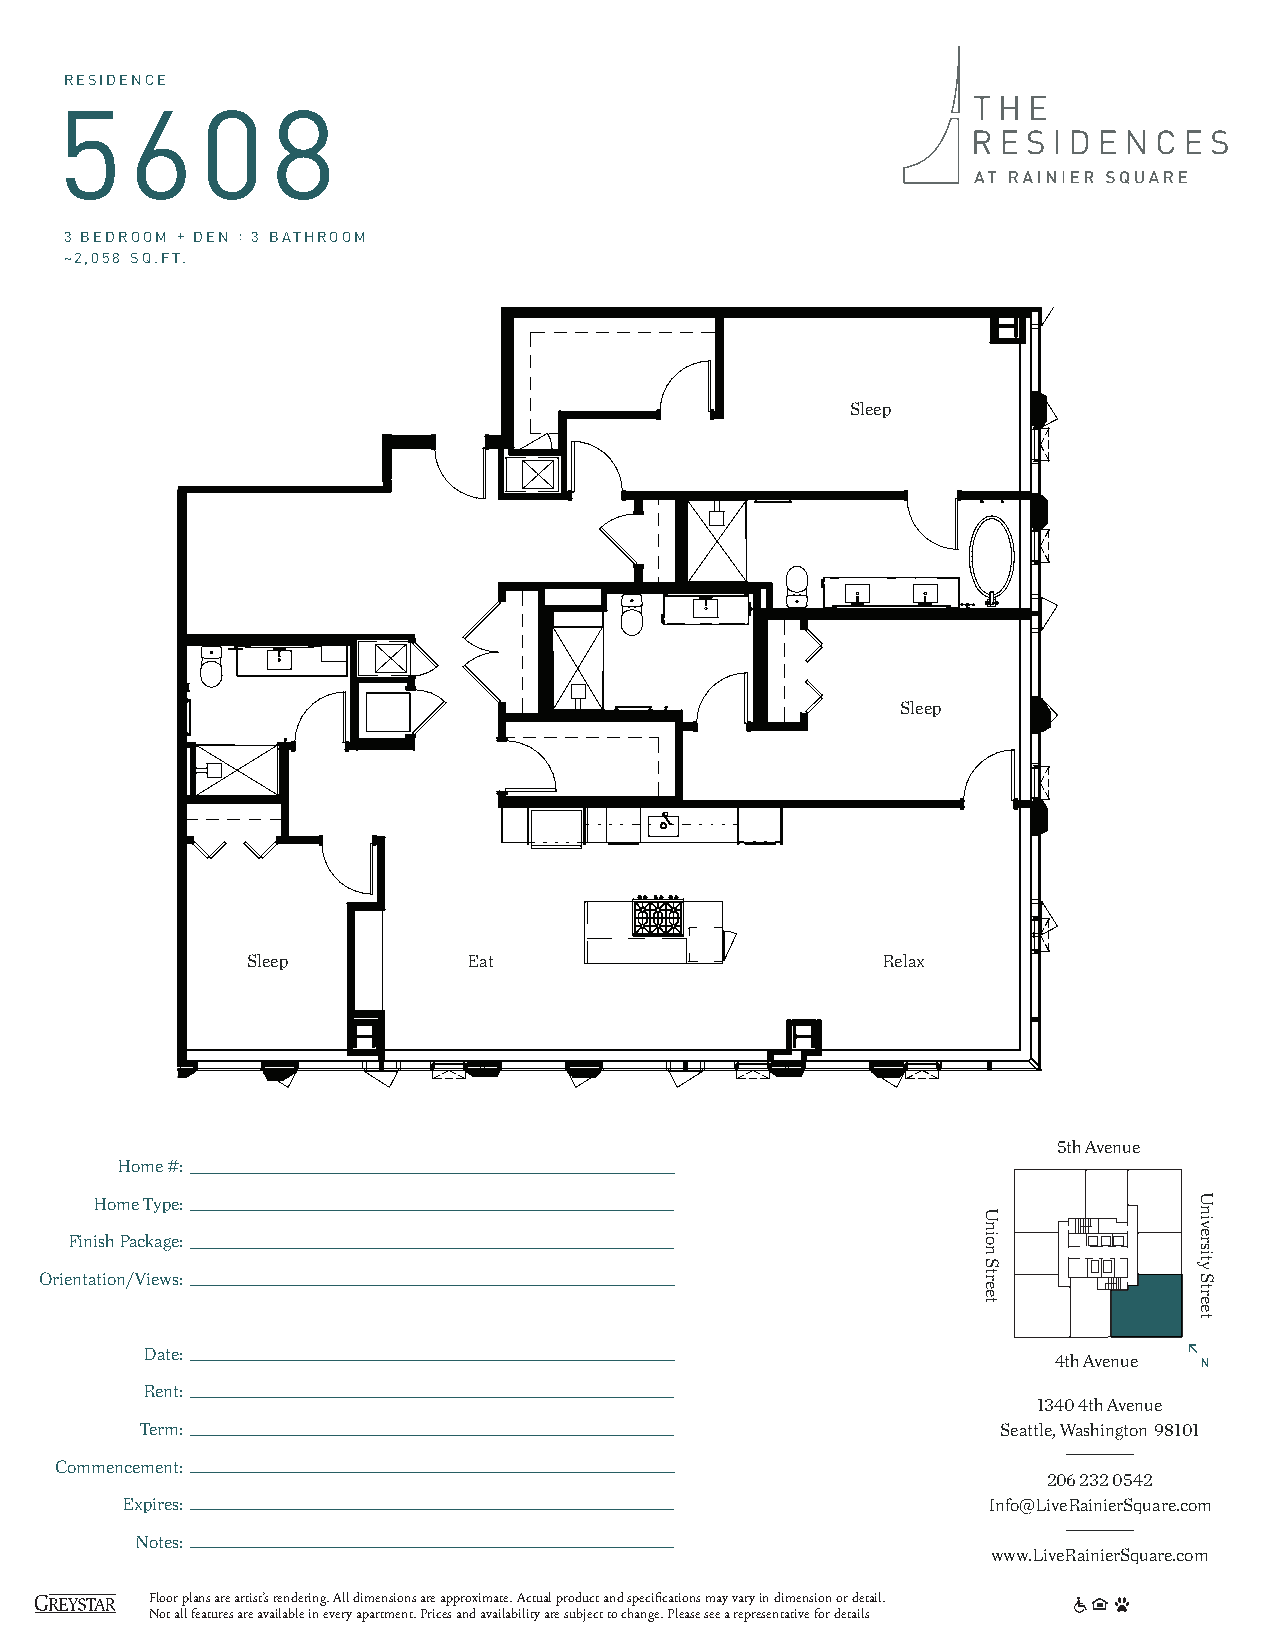
RESIDENCE
 5608
 3 BEDROOM + DEN : 3 BATHROOM
 ~2,058 SQ.FT.
 Sleep
 Sleep
 Sleep          Eat                        Relax
 5th Avenue
 Home #:
 Home Type:
 Finish Package:
 Orientation/Views:
 Date:
 4th Avenue
 Rent:
 1340 4th Avenue
 Term:                                                    Seattle, Washington 98101
 Commencement:
 206 232 0542
 Expires:                                                 Info@LiveRainierSquare.com
 Notes:
 www.LiveRainierSquare.com
 Floor plans are artist’s rendering. All dimensions are approximate. Actual product and specifications may vary in dimension or detail.
 Not all features are available in every apartment. Prices and availability are subject to change. Please see a representative for details
 Union
 Street
 University
 Street